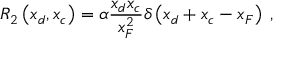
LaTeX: R _ { 2 } \left( x _ { d } , x _ { c } \right) = \alpha \frac { x _ { d } x _ { c } } { x _ { F } ^ { 2 } } \delta \left( x _ { d } + x _ { c } - x _ { F } \right) \: ,